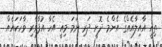
ތިއީ އާއިލާއެއްގެ އެންމެ ދޮށީ ދަރި ނަމަ މިއީ އެހާ އުފާވެރި ވާހަކައެއް